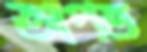
আপত